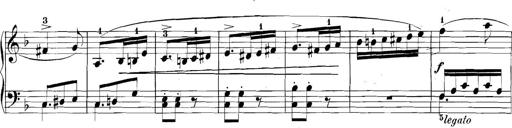
Title: 3 Sonatinas
Composer: Carl Reinecke